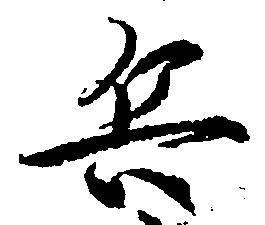
兵